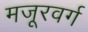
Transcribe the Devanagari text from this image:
मजूरवर्ग